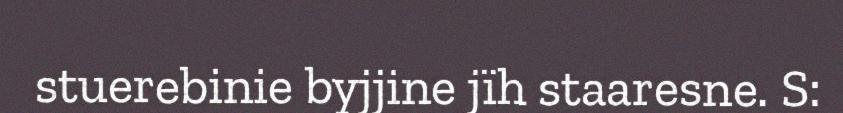
stuerebinie byjjine jïh staaresne. S: